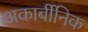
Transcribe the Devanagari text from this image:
अकार्बीनिक